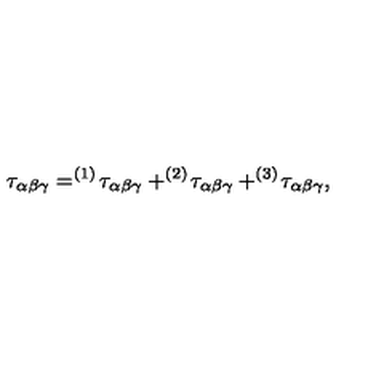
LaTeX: \tau _ { \alpha \beta \gamma } = ^ { ( 1 ) } \! \tau _ { \alpha \beta \gamma } + ^ { ( 2 ) } \! \tau _ { \alpha \beta \gamma } + ^ { ( 3 ) } \! \tau _ { \alpha \beta \gamma } ,